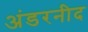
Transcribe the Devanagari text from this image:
अंडरनीद